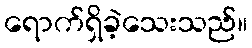
ရောက်ရှိခဲ့သေးသည်။